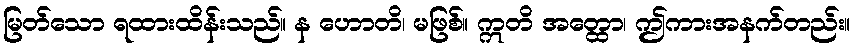
မြတ်သော ရထားထိန်းသည်။ န ဟောတိ၊ မဖြစ်။ ဣတိ အတ္ထော၊ ဤကားအနက်တည်း။